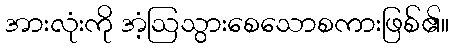
အားလုံးကို အံ့ဩသွားစေသောစကားဖြစ်၏။